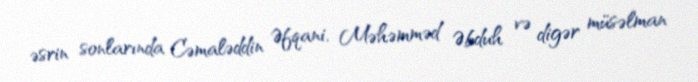
əsrin sonlarında Cəmaləddin Əfqani, Məhəmməd Əbduh və digər müsəlman